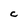
Character: C